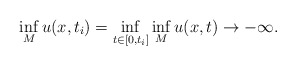
\begin{align*}\inf_M u(x,t_i) = \inf_{t\in [0,t_i]} \inf_M u(x,t) \rightarrow - \infty.\end{align*}